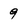
Character: 9